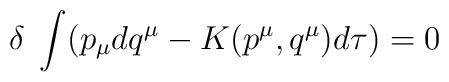
\delta\;\int(p_{\mu}dq^{\mu}-K(p^{\mu},q^{\mu})d\tau)=0